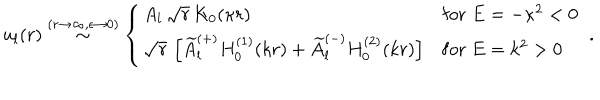
u _ { l } ( r ) \stackrel { ( r \rightarrow \infty , \epsilon \rightarrow 0 ) } { \sim } \left\{ \begin{array} { l l } { { A _ { l } \, \sqrt { r } \, K _ { 0 } ( \kappa r ) } } & { { \mathrm { f o r } \; E = - \kappa ^ { 2 } < 0 } } \\ { { \sqrt { r } \, \left[ \widetilde { A } _ { l } ^ { ( + ) } H _ { 0 } ^ { ( 1 ) } ( k r ) + \widetilde { A } _ { l } ^ { ( - ) } H _ { 0 } ^ { ( 2 ) } ( k r ) \right] } } & { { \mathrm { f o r } \; E = k ^ { 2 } > 0 } } \\ \end{array} \right. \; .